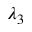
\lambda _ { 3 }